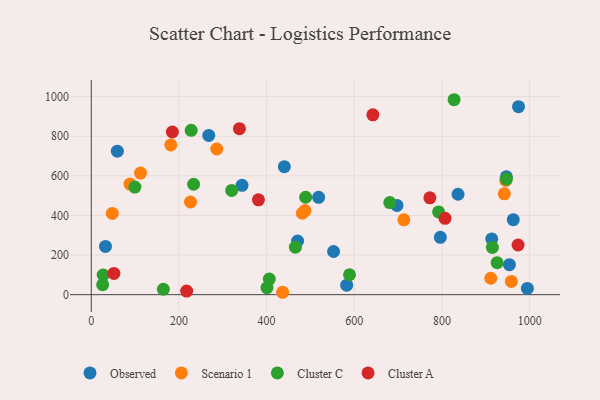
{"axis": {"x": "Engine Size", "y": "Salary"}, "legend": ["Cluster A", "Cluster C", "Observed", "Scenario 1"], "data": [{"x": "796.3", "y": 289.5, "type": "Observed"}, {"x": "518.6", "y": 491.6, "type": "Observed"}, {"x": "440.4", "y": 646.2, "type": "Observed"}, {"x": "913.5", "y": 281.4, "type": "Observed"}, {"x": "343.9", "y": 552.4, "type": "Observed"}, {"x": "582.6", "y": 48.1, "type": "Observed"}, {"x": "836.6", "y": 507.1, "type": "Observed"}, {"x": "470.7", "y": 271.0, "type": "Observed"}, {"x": "268.0", "y": 804.1, "type": "Observed"}, {"x": "946.8", "y": 595.3, "type": "Observed"}, {"x": "697.4", "y": 450.7, "type": "Observed"}, {"x": "59.5", "y": 724.6, "type": "Observed"}, {"x": "962.6", "y": 378.6, "type": "Observed"}, {"x": "994.8", "y": 31.6, "type": "Observed"}, {"x": "552.7", "y": 217.9, "type": "Observed"}, {"x": "974.6", "y": 949.5, "type": "Observed"}, {"x": "32.4", "y": 243.6, "type": "Observed"}, {"x": "953.8", "y": 151.6, "type": "Observed"}, {"x": "713.0", "y": 378.0, "type": "Scenario 1"}, {"x": "181.4", "y": 756.2, "type": "Scenario 1"}, {"x": "436.4", "y": 12.1, "type": "Scenario 1"}, {"x": "487.5", "y": 424.8, "type": "Scenario 1"}, {"x": "112.3", "y": 614.1, "type": "Scenario 1"}, {"x": "945.5", "y": 577.0, "type": "Scenario 1"}, {"x": "88.4", "y": 558.6, "type": "Scenario 1"}, {"x": "911.3", "y": 83.0, "type": "Scenario 1"}, {"x": "48.0", "y": 410.4, "type": "Scenario 1"}, {"x": "958.3", "y": 67.0, "type": "Scenario 1"}, {"x": "481.4", "y": 411.2, "type": "Scenario 1"}, {"x": "226.3", "y": 467.9, "type": "Scenario 1"}, {"x": "942.2", "y": 509.2, "type": "Scenario 1"}, {"x": "286.3", "y": 735.7, "type": "Scenario 1"}, {"x": "25.9", "y": 50.0, "type": "Cluster C"}, {"x": "400.8", "y": 35.3, "type": "Cluster C"}, {"x": "406.1", "y": 78.6, "type": "Cluster C"}, {"x": "681.0", "y": 465.2, "type": "Cluster C"}, {"x": "915.0", "y": 238.6, "type": "Cluster C"}, {"x": "925.8", "y": 161.5, "type": "Cluster C"}, {"x": "27.1", "y": 99.3, "type": "Cluster C"}, {"x": "465.6", "y": 239.6, "type": "Cluster C"}, {"x": "164.4", "y": 27.3, "type": "Cluster C"}, {"x": "792.3", "y": 417.7, "type": "Cluster C"}, {"x": "827.6", "y": 984.4, "type": "Cluster C"}, {"x": "99.5", "y": 543.4, "type": "Cluster C"}, {"x": "233.4", "y": 557.5, "type": "Cluster C"}, {"x": "320.4", "y": 526.6, "type": "Cluster C"}, {"x": "947.0", "y": 583.5, "type": "Cluster C"}, {"x": "227.9", "y": 830.1, "type": "Cluster C"}, {"x": "489.0", "y": 491.9, "type": "Cluster C"}, {"x": "589.1", "y": 100.5, "type": "Cluster C"}, {"x": "338.0", "y": 838.1, "type": "Cluster A"}, {"x": "973.6", "y": 250.9, "type": "Cluster A"}, {"x": "381.3", "y": 479.0, "type": "Cluster A"}, {"x": "772.4", "y": 489.0, "type": "Cluster A"}, {"x": "185.0", "y": 821.3, "type": "Cluster A"}, {"x": "642.4", "y": 908.1, "type": "Cluster A"}, {"x": "807.0", "y": 385.4, "type": "Cluster A"}, {"x": "51.6", "y": 107.5, "type": "Cluster A"}, {"x": "217.6", "y": 18.3, "type": "Cluster A"}]}